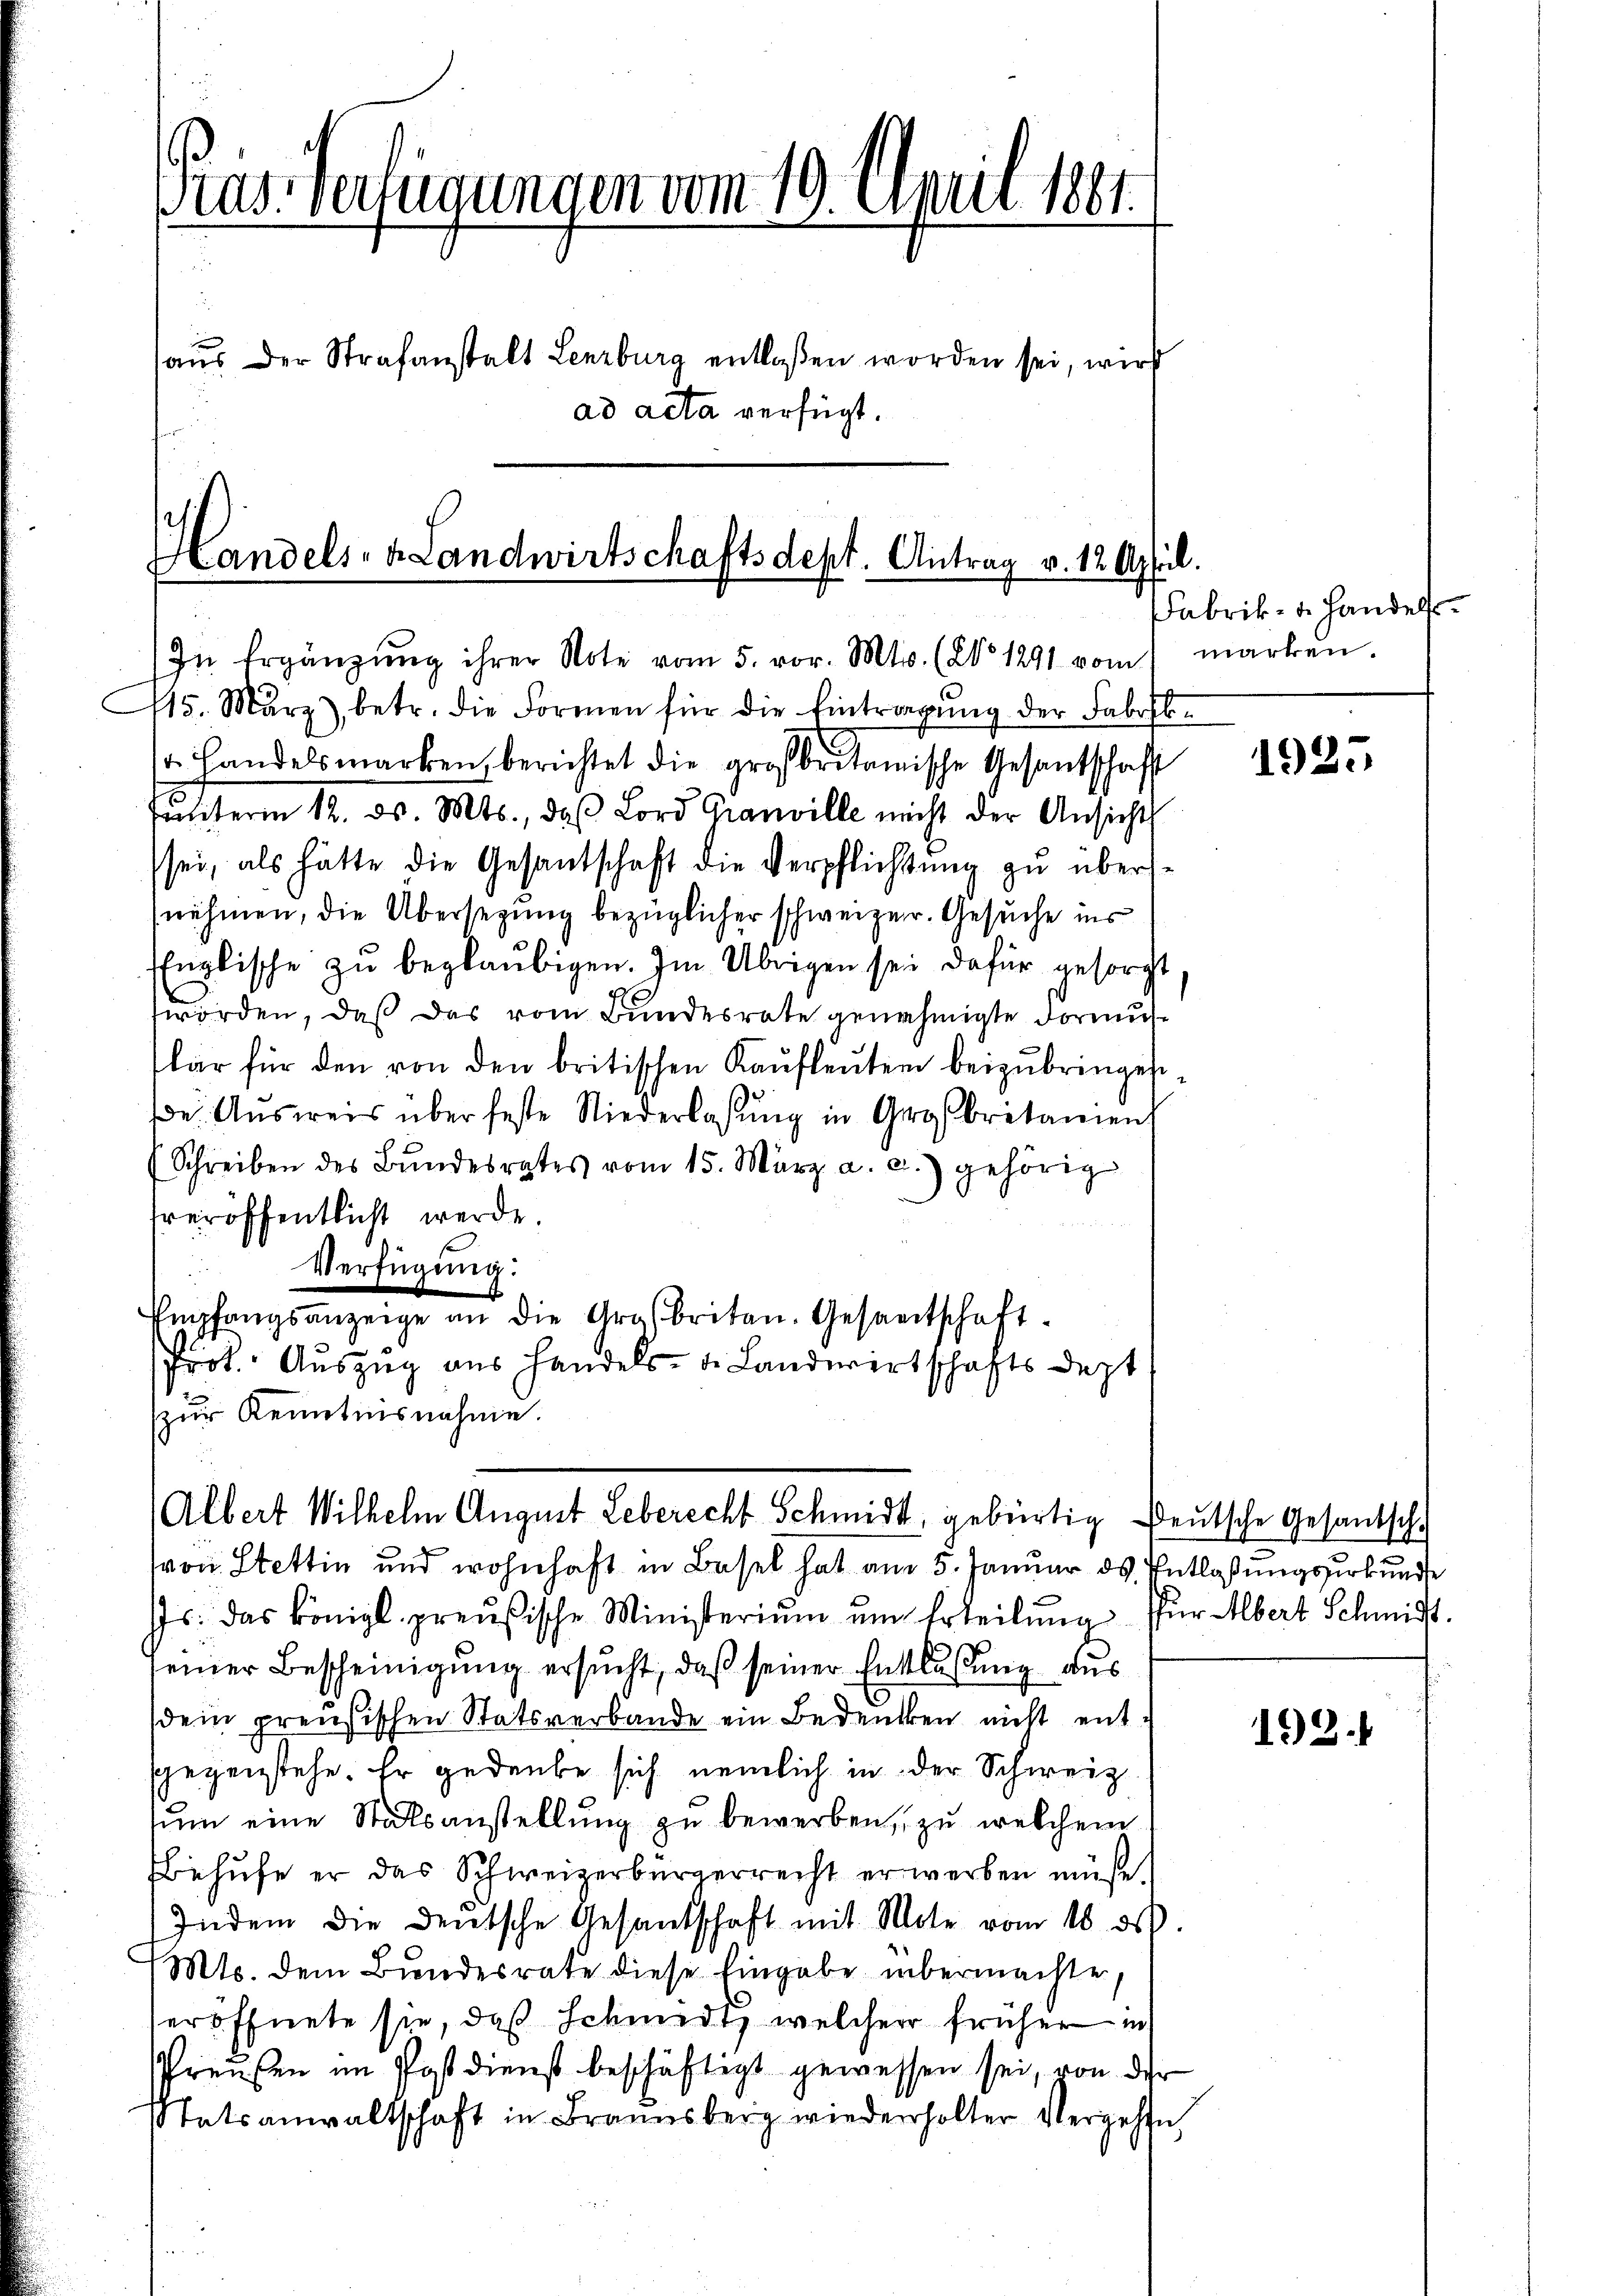
Gras Verfügungen vom 19. April 1881.

aus der Strafanstalt Lenzburg entlaßen worden sei, wird
ad acta verfügt.

Handels- & Landwirtschaftsdept. Antrag v. 12. April.
In Ergänzŭng ihrer Note vom 5. vor. Mts. (§ 1291 vom marken

115. März), betr. die Formen für die Eintragung der Fabrik¬
. Handelsmarken, berichtet die großbritanische Gesantschaft
ŭnterm 12. ds. Mts., das Lord Granville nicht der Ansichts
sei, als hätte die Gesantschaft die Verpflichtung zu übersnehmen, die Übersezung bezüglicher schweizer. Gesuche ins
EEnglische zŭ beglaubigen. Im Übrigen sei dafür gesorgt
worden, daß das vom Bundesrate genehmigte Formuslar für den von den britischen Kaŭfleŭten beizubringest
Be Aŭsweis über feste Niederlassŭng in Großbritanien
(Schreiben des Bŭndesrates vom 15. März a. a.) gehörig
veröffentlicht werde.
Verfügung:
Empfangsanzeige an die Grasbriten. Gesandtschaft.
Prot. Auszug aus Handels- u. Landwirtschaftsdest
zŭr Kenntnisnahme.

Albert Wilhelm August Leberecht Schmidt, gebürtig Deutsche Gesantsch

von Stettin und wohnhaft in Basel hat am 5. Januar ds Entlaßungsurkunde
Js. das königl. preußische Ministerium um Erteilŭng für Albert Schmitt
seiner Bescheinigung ersucht, daß seiner Entlaßung aus
dein preußischen Statsverbande ein Bedencken nicht entgegenstehe. Er gedenke sich nemlich in der Schweiz
sum eine Statsanstellung zu bewerben, zu welchem
Behufe er das Schweizerbürgerrecht erwerben müße.
Indem die deutsche Gesandschaft mit Mote vom 18. ds.
Mts. dem Bundesrate diese Eingabe übermachte,
eröffnete sie, daß Schmidt, welcher früher in
Preußen im Postdienst beschäftigt gewessen sei, von der
Statsanwaltschaft in Brannsberg wiederholter Vergehen,

Fabrik- u. Handels

1925

192.